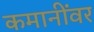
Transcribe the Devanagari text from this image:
कमानींवर